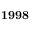
\bf { 1 9 9 8 }